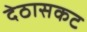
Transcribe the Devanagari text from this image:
देठासकट